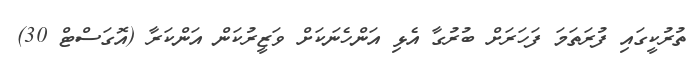
ތުރުކީގައި ފުރަތަމަ ފަހަރަށް ބުރުގާ އެޅި އަންހެނަކަށް ވަޒީރުކަން އަންކަރާ (އޮގަސްޓް 30)